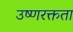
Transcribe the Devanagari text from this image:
उष्णरक्तता